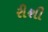
રીશી